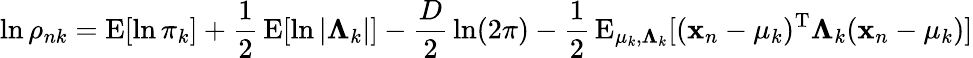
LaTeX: \ln\rho_{nk}=\operatorname{E}[\ln\pi_{k}]+{\frac{1}{2}}\operatorname{E}[\ln|\mathbf{\Lambda}_{k}|]-{\frac{D}{2}}\ln(2\pi)-{\frac{1}{2}}\operatorname{E}_{\mathbf{\mu}_{k},\mathbf{\Lambda}_{k}}[(\mathbf{x}_{n}-\mathbf{\mu}_{k})^{\mathrm{{T}}}\mathbf{\Lambda}_{k}(\mathbf{x}_{n}-\mathbf{\mu}_{k})]